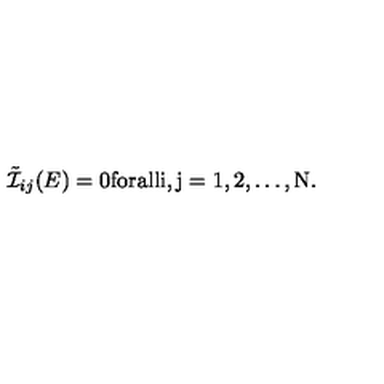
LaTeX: \tilde { \cal I } _ { i j } ( E ) = 0 \mathrm { f o r a l l i , j = 1 , 2 , \ldots , N } .